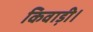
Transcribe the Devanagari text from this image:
किवाड़ी।